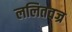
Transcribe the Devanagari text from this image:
ललितवज्र